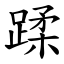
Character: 蹂